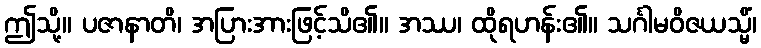
ဤသို့။ ပဇာနာတိ၊ အပြားအားဖြင့်သိ၏။ အဿ၊ ထိုရဟန်း၏။ သင်္ဂါမဝိဇယသ္မိံ၊